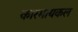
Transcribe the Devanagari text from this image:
कारमायकल